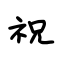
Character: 祝